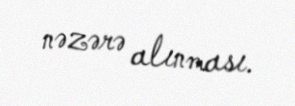
nəzərə alınması.